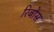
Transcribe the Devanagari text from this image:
रिबोस